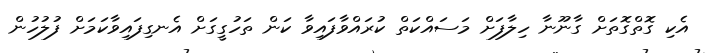
އެކި ގޮތްގޮތަށް ގާނޫނާ ހިލާފަށް މަސައްކަތް ކުރައްވާފައިވާ ކަން ތަހުގީގަށް އެނގިފައިވާކަމަށް ފުލުހުން